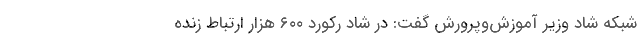
شبکه شاد وزیر آموزش‌وپرورش گفت: در شاد رکورد ۶۰۰ هزار ارتباط زنده